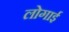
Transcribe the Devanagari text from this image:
लोगाई